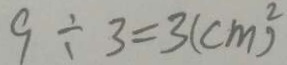
9 \div 3 = 3 ( c m ^ { 2 } )